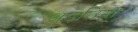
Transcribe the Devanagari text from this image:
अड़तिया